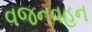
વજનવહન